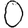
Digit: 0